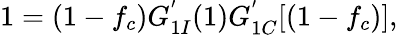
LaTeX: \begin{array}{r}{1=(1-f_{c})G_{1I}^{'}(1)G_{1C}^{'}[(1-f_{c})],}\end{array}